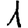
Digit: 1